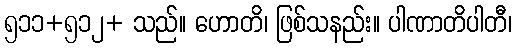
၅၁၁+၅၁၂+ သည်။ ဟောတိ၊ ဖြစ်သနည်း။ ပါဏာတိပါတီ၊